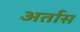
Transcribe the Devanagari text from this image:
अर्तास